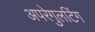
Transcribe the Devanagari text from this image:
अपरेगुलटिंग